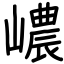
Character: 嶩